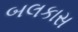
બલકાસ